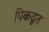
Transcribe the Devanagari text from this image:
पिकदूत